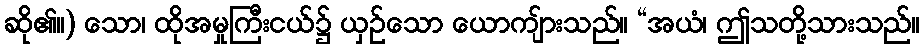
ဆို၏။) သော၊ ထိုအမှုကြီးငယ်၌ ယှဉ်သော ယောကျ်ားသည်။ “အယံ၊ ဤသတို့သားသည်။